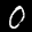
Label: 0